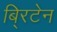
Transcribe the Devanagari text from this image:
बि्रटेन